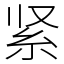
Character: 紧